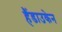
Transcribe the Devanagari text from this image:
हैंडाउकेन